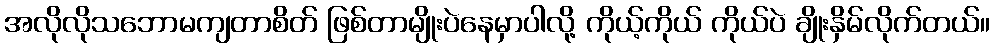
အလိုလိုသဘောမကျတာစိတ် ဖြစ်တာမျိုးပဲနေမှာပါလို့ ကိုယ့်ကိုယ် ကိုယ်ပဲ ချိုးနှိမ်လိုက်တယ်။